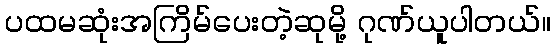
ပထမဆုံးအကြိမ်ပေးတဲ့ဆုမို့ ဂုဏ်ယူပါတယ်။